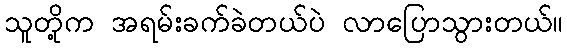
သူတို့က အရမ်းခက်ခဲတယ်ပဲ လာပြောသွားတယ်။